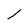
Character: l